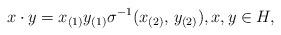
LaTeX: \begin{align*} x\cdot y = x_{(1)}y_{(1)} \sigma^{-1} (x_{(2)},\, y_{(2)}), x, y\in H,\end{align*}